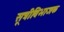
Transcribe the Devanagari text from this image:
सूत्रीविभाजक